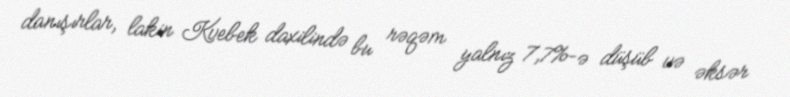
danışırlar, lakin Kvebek daxilində bu rəqəm yalnız 7,7%-ə düşüb və əksər